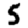
Digit: 5